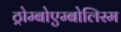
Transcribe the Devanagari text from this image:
ठ्रोम्बोएम्बोलिस्म